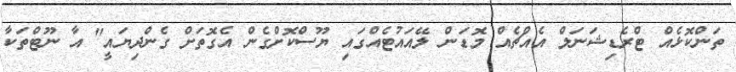
ތަންކޮޅެއް ޓްރެޑިޝަނަލް އެއްޗެއް މޮޑަން ލޭއައުޓެއްގައި ޔޫސްކޮށްގެން އެގޮތަށް ގެންދިޔައީ" އާ ނޫޓްތަކާ